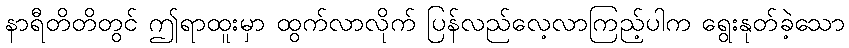
နာရီတိတိတွင် ဤရာထူးမှာ ထွက်လာလိုက် ပြန်လည်လေ့လာကြည့်ပါက ရွေးနုတ်ခဲ့သော